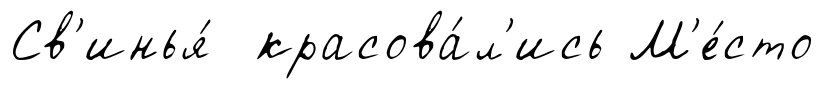
Св'инья́ красова́л'ись М'е́сто